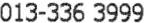
013-336 3999